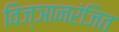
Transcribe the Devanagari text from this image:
विज्ञानरंजित